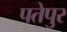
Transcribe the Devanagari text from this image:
पतेपुर